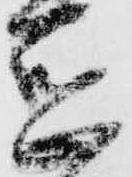
惑